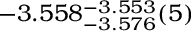
- 3 . 5 5 8 _ { - 3 . 5 7 6 } ^ { - 3 . 5 5 3 } ( 5 )